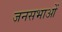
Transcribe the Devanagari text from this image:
जनसभाआें